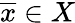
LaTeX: {\overline{{x}}}\in X